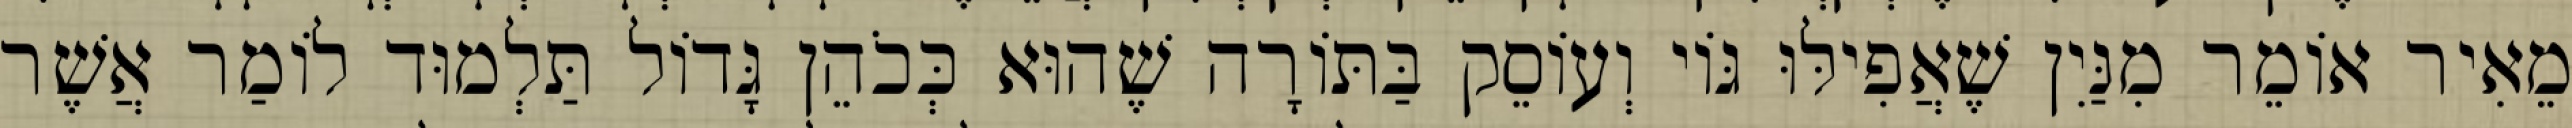
מֵאִיר אוֹמֵר מִנַּיִן שֶׁאֲפִילּוּ גּוֹי וְעוֹסֵק בַּתּוֹרָה שֶׁהוּא כְּכֹהֵן גָּדוֹל תַּלְמוּד לוֹמַר אֲשֶׁר